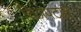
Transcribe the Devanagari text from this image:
चिञपटात